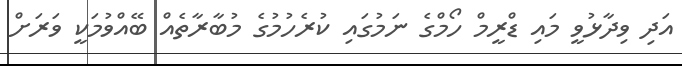
އަދި ވިދާޅުވީ މައި ޑްރީމް ހޯމްގެ ނަމުގައި ކުރެހުމުގެ މުބާރާތެއް ބޭއްވުމަކީ ވަރަށް